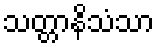
သတ္တာနိသံသာ